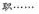
职……